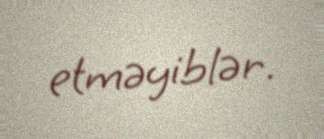
etməyiblər.